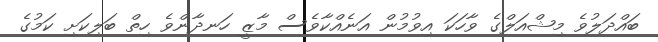
ބައްދަލުވެ މިޝްއަލްގެ ވާހަކަ އިވުމުން އަނެއްކާވެސް މާޒީ ހަނދާންވެ ހިތް ބަލިކަށި ކަމުގެ